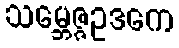
သမ္ဘေဇ္ဇဥဒကေ